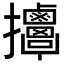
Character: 𢺬